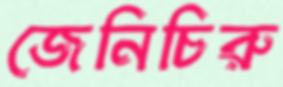
জেনিচিরু